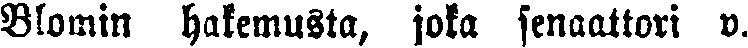
Blomin hakemusta, joka senaattori v.